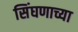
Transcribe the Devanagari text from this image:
सिंघणाच्या